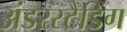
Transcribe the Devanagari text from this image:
अंडरस्टैडिंग